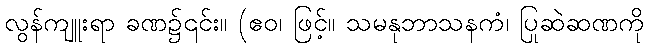
လွန်ကျူးရာ ခဏ၌၎င်း။ (ဧဝ၊ ဖြင့်။ သမနုဘာသနကံ၊ ပြုဆဲဆဏကို